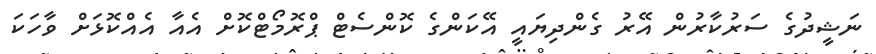
ނަޝީދުގެ ސަރުކާރުން އޭރު ގެންދިޔައީ އޭކަންގެ ކޮންސެޓް ޕްރޮމޯޓްކޮށް އެއާ އެއްކޮޅަށް ވާހަކަ